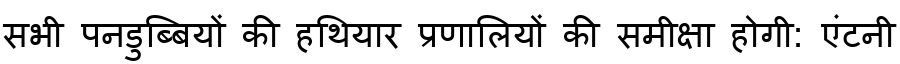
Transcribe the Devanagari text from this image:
सभी पनडुब्बियों की हथियार प्रणालियों की समीक्षा होगी: एंटनी